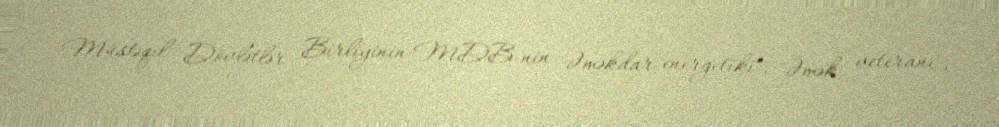
Müstəqil Dövlətlər Birliyinin-MDB-nin "Əməkdar energetiki", "Əmək veteranı",